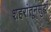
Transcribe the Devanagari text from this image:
शहरांतूनसुद्धा